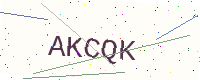
Text: AKCQK